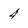
Character: 4